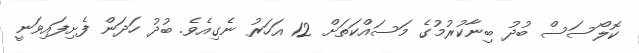
ކޮލޯސަސް ބުދު ބިނާކުރުމުގެ މަސައްކަތަށް 12 އަހަރު ނެގިއެވެ. ބުދު ހަދަން ފެށިފައިވަނީ